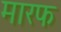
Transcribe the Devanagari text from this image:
मारफ